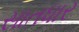
સાતધાર